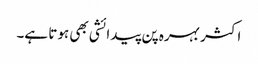
اکثر بہرہ پن پیدائشی بھی ہوتا ہے۔